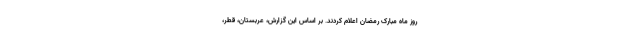
روز ماه مبارک رمضان اعلام کردند. بر اساس این گزارش، عربستان، قطر،